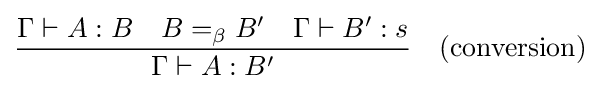
{\frac {\Gamma \vdash A:B\quad B=_{\beta }B'\quad \Gamma \vdash B':s}{\Gamma \vdash A:B'}}\quad {\text{(conversion)}}